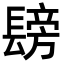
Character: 𮤂